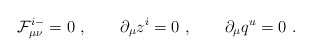
\begin{align*}{\cal F}^{i-}_{\mu\nu}=0\ , \qquad \partial_\mu z^i =0\ , \qquad \partial _\mu q^u=0 \ .\end{align*}